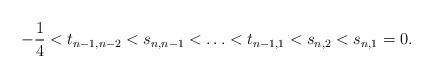
LaTeX: \begin{align*}- \frac{1}{4} < t_{n-1, n-2} < s_{n,n-1} < \ldots < t_{n-1,1} < s_{n,2} < s_{n,1} = 0.\end{align*}